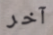
آخر